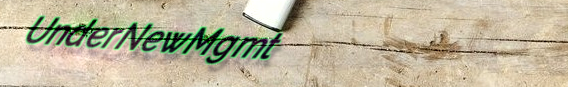
UnderNewMgmt